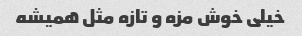
خیلی خوش مزه و تازه مثل همیشه